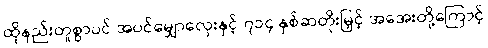
ထိုနည်းတူစွာပင် အပင်မျှောလှေးနှင့် ၇၁၄ နှစ်ဆတိုးမြှင့် အအေးတို့ကြောင့်